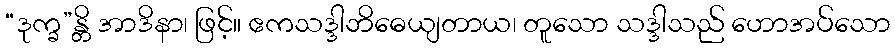
“ဒုက္ခ”န္တိ အာဒိနာ၊ ဖြင့်။ ဧကသဒ္ဒါဘိဓေယျတာယ၊ တူသော သဒ္ဒါသည် ဟောအပ်သော